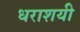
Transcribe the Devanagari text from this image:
धराशयी